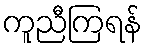
ကူညီကြရန်